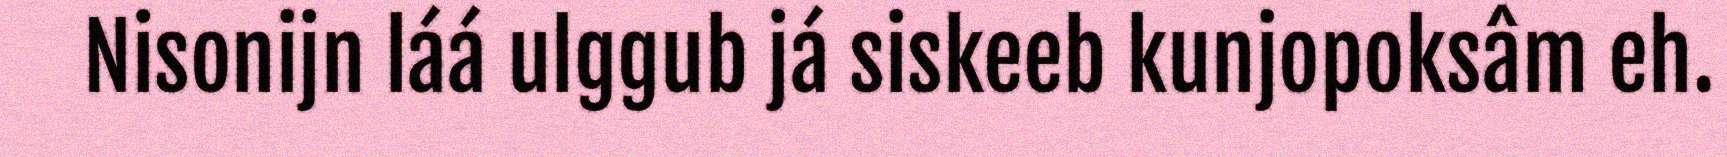
Nisonijn láá ulggub já siskeeb kunjopoksâm eh.